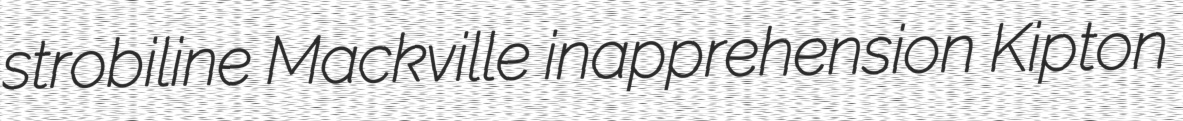
strobiline Mackville inapprehension Kipton